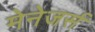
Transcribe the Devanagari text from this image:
मेनेजर्स